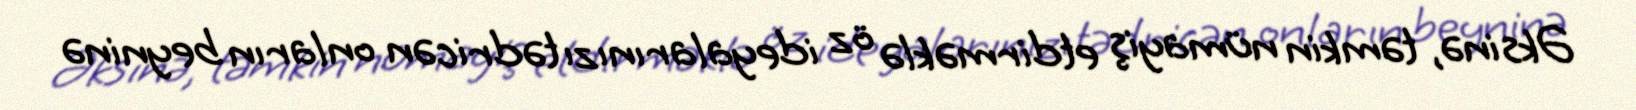
Əksinə, təmkin nümayiş etdirməklə öz ideyalarınızı tədricən onların beyninə